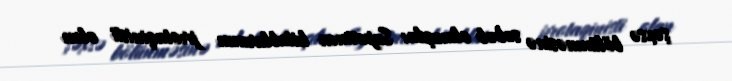
şəxsə bölünməsinə səbəb olmuşdu: Supermen kitablarının protaqinisti olan